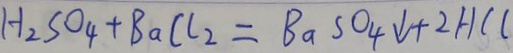
H _ { 2 } S O _ { 4 } + B a C l _ { 2 } = B a S O _ { 4 } \downarrow + 2 H C C